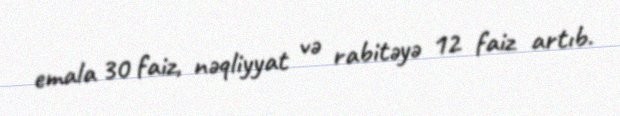
emala 30 faiz, nəqliyyat və rabitəyə 12 faiz artıb.